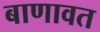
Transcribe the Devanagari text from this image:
बाणावत